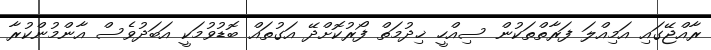
ރާއްޖޭގައި އަމިއްލަ ފަރާތްތަކުން ސިއްހީ ޚިދުމަތް ފޯރުކޮށްދޭ އަގުތައް ބޮޑުވުމަކީ އަބަދުވެސް އާންމުންކުރާ